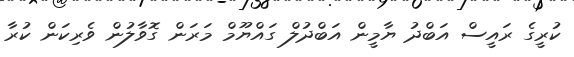
ކުރީގެ ރައީސް އަބްދު ޔާމީން އަބްދުލް ގައްޔޫމް މަރަން ގޮވާލުން ވެރިކަން ކުރާ